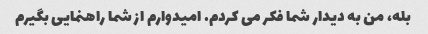
بله، من به دیدار شما فکر می کردم. امیدوارم از شما راهنمایی بگیرم